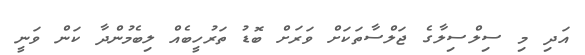
އަދި މި ސިލްސިލާގެ ޖަލްސާތަކަށް ވަރަށް ބޮޑު ތަރުހީބެއް ލިބެމުންދާ ކަން ވަނީ